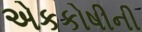
એકકોષીની